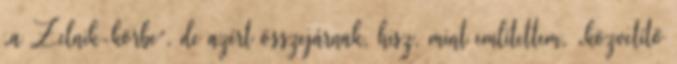
„a Zelnik-körbe”, de azért összejárnak, hisz, mint említettem, „köz­­ve­títő